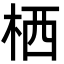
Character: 栖